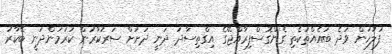
ފުލުހުން ވަދެ ބައެއްތަކެތި ގެންގޮސްފިރާއްޖޭގެ އިގްތިސާދު ދަނީ ދަށަށް ސަރުކާރުން ކުރަމުންދަނީ ބޭކާރު